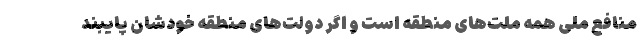
منافع ملی همه ملت‌های منطقه است و اگر دولت‌های منطقه خودشان پایبند